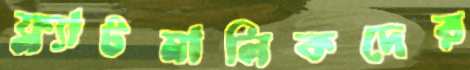
ফ্ল্যাটমালিকদের